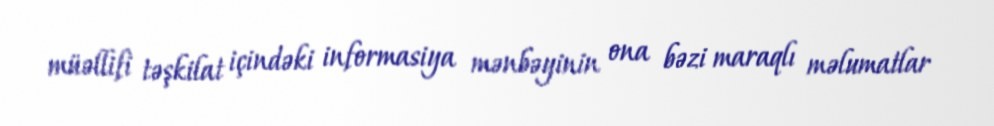
müəllifi təşkilat içindəki informasiya mənbəyinin ona bəzi maraqlı məlumatlar